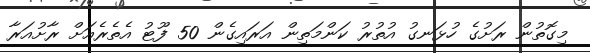
މިގޮތުން ރަށުގެ ހުޅަނގު އުތުރު ކަންމަތިން އަރައިގެން 50 ފޫޓު އެތެރެއަށް ރާށުއަރާ